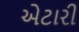
એટારી